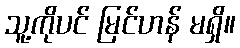
သူ့ကိုပင် မြင်ဟန် မရှိ။